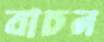
বাচন